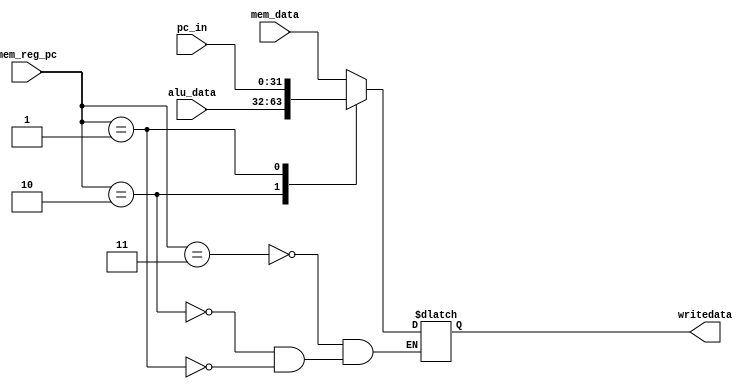
`timescale 1ns / 1ps

module mux_3_1(
    input [1:0]mem_reg_pc,
    input [31:0] mem_data,
    input [31:0] alu_data,
    input [31:0] pc_in,
    output reg [31:0] writedata
    );
	
	always @(*) begin
		case(mem_reg_pc)
			2'b11:
				begin
					writedata <= mem_data;
				end
			2'b10:
				begin
					writedata <= alu_data;
				end
			2'b01:
				begin
					writedata <= pc_in;
				end
			default:
				begin
					// do nothing
				end
		endcase
	end

endmodule